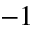
- 1